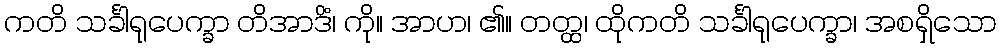
ကတိ သင်္ခါရုပေက္ခာ တိအာဒိံ၊ ကို။ အာဟ၊ ၏။ တတ္ထ၊ ထိုကတိ သင်္ခါရုပေက္ခာ၊ အစရှိသော